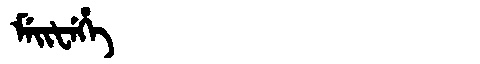
Manchu: ᠮᡝᡳᡶᡝᡥᡝ
Romanization: MEIFEHE